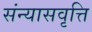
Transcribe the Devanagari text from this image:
संन्यासवृत्ति